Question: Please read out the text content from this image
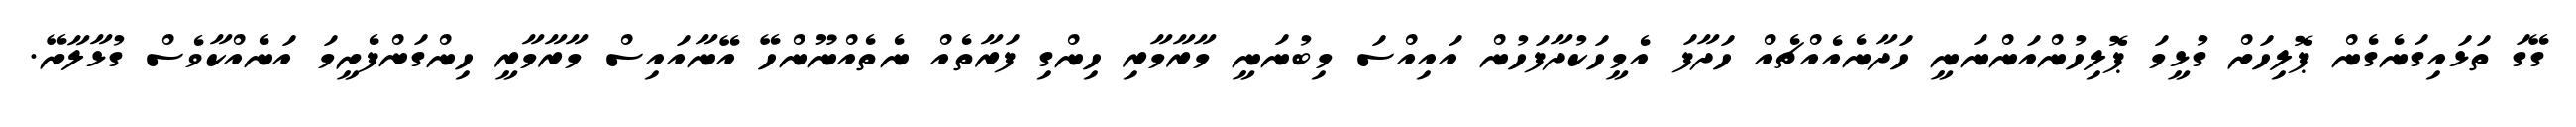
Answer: ގޭގަ ތަޅައިގަނެގެން ޕޮލިހަށް ގުޅީމަ ޕޮލިހުންއަންނަނީ ހަދާނެއެއްޗެއް ހަދާފަ އެމީހަކުދާފަހުން އައިއްސަ މިބުނަނީ މާރާމާރި ހިންގި ފަރާތެއް ނެތެއްނޫންހޭ އޭނާއައިސް މާރާމާރީ ހިންގަންފެށީމަ އަނެއްކާވެސް ގުޅާލާށޭ.